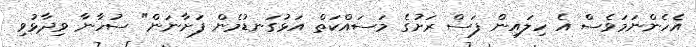
އެހެންނަމަވެސް އެ ހިލައިން ފަސް ރަށުގެ މަސައްކަތް އަޅުގަނޑުމެން ފަށާނަން" ސުހާނާ ވިދާޅުވި